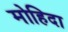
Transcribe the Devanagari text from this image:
मोहिदा